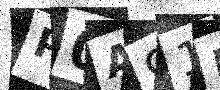
Text: P0A91B